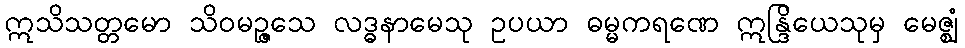
ဣသိသတ္တမော သိဝမဉ္ဇသေ လဒ္ဓနာမေသု ဥပယာ ဓမ္မကရဏေ ဣန္ဒြိယေသုမှ မေဇ္ဈံ